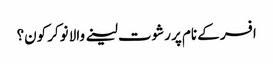
افسر کے نام پر رشوت لینے والا نوکر کون؟